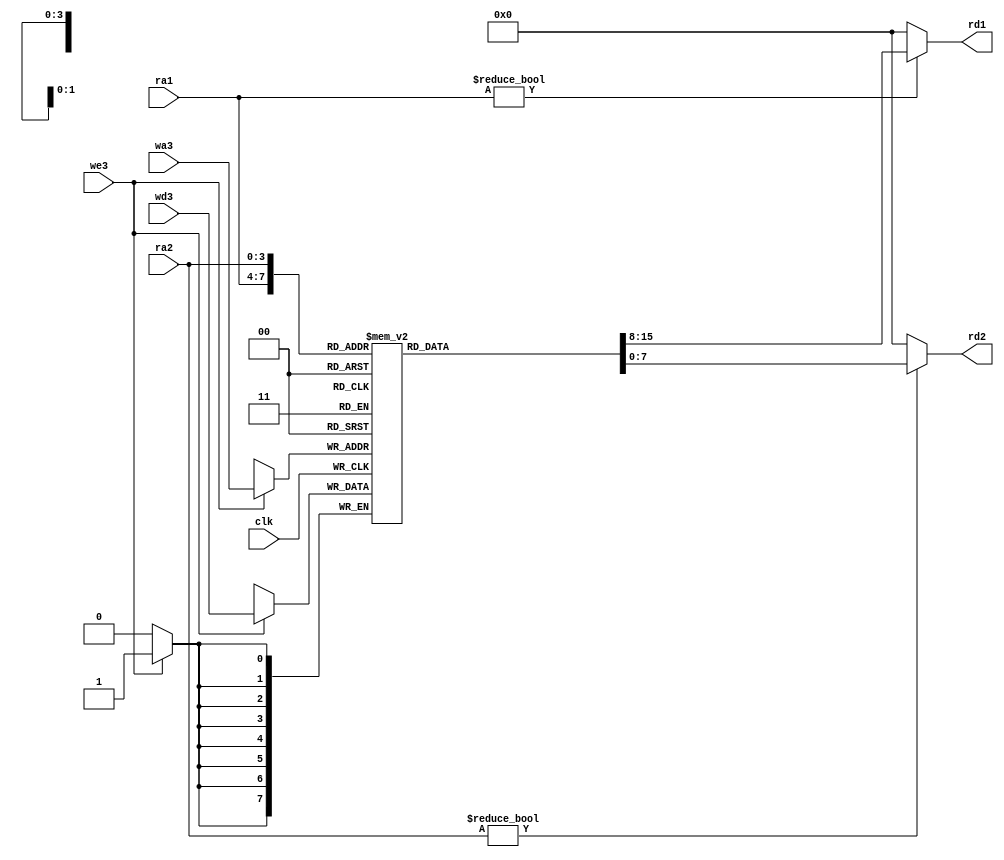
//Componentes varios

//Banco de registros de dos salidas y una entrada
module regfile(input  wire        clk, 
               input  wire        we3,           //seal de habilitacin de escritura ROJO!!!
               input  wire [3:0]  ra1, ra2, wa3, //direcciones de regs leidos y reg a escribir
               input  wire [7:0]  wd3, 			 //dato a escribir
               output wire [7:0]  rd1, rd2);     //datos leidos

  reg [7:0] regb[0:15]; //memoria de 16 registros de 8 bits de ancho

  // El registro 0 siempre es cero
  // se leen dos reg combinacionalmente
  // y la escritura del tercero ocurre en flanco de subida del reloj
  always @(posedge clk)
    if (we3) regb[wa3] <= wd3;	
  
  assign rd1 = (ra1 != 0) ? regb[ra1] : 0;
  assign rd2 = (ra2 != 0) ? regb[ra2] : 0;
endmodule

//modulo sumador  
module sum(input  wire [9:0] a, b,
             output wire [9:0] y);

  assign y = a + b;
endmodule

//modulo de registro para modelar el PC, cambia en cada flanco de subida de reloj o de reset
module registro #(parameter WIDTH = 8)
              (input  wire             clk, reset,
               input  wire [WIDTH-1:0] d, 
               output reg  [WIDTH-1:0] q);

  always @(posedge clk, posedge reset)
    if (reset) q <= 0;
    else       q <= d;
endmodule

//modulo multiplexor, con s=1 sale d1, s=0 sale d0
module mux2 #(parameter WIDTH = 8)
             (input  wire [WIDTH-1:0] d0, d1, 
              input  wire             s, 
              output wire [WIDTH-1:0] y);

  assign y = s ? d1 : d0; 
endmodule

//
// NUEVOS COMPONENTES PARA E/S
//

module mux16_e #(parameter WIDTH = 8)
	    (input  wire [WIDTH-1:0] d0, d1, d2, d3,
	      input  wire [1:0] s, 
	      output reg [WIDTH-1:0] y);
	
	always @(*)
    begin
		case (s)
			2'b00: y = d0;
			2'b01: y = d1;
			2'b10: y = d2;
			2'b11: y = d3;
		endcase
	end	
endmodule

module mux16_s #(parameter WIDTH = 8)
	    (output  reg [WIDTH-1:0] d0, d1, d2, d3,
	      input  wire [1:0] s_puerto, 
	      input wire s_entrada, s_encendido,
	      input wire [WIDTH-1:0] y0,y1);
	      

	      
	always @(posedge s_encendido)
	begin
		if(s_encendido)
		begin
		
		  case (s_puerto)
			2'b00: d0 = (s_entrada) ? y1 : y0;
			2'b01: d1 = (s_entrada) ? y1 : y0;
			2'b10: d2 = (s_entrada) ? y1 : y0;
			2'b11: d3 = (s_entrada) ? y1 : y0;
		  endcase
		end
	end	
endmodule